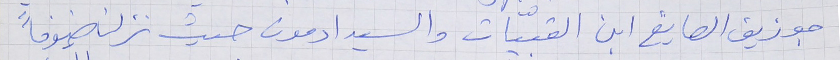
جوزيف الصايغ ابن القبيّات والسيد ادمون حيث نزلنا ضيوفاً